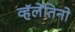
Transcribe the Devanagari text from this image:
व्हॅलेंतिनो